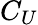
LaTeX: C_{U}